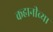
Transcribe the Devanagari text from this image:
कहानीच्या